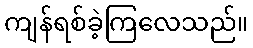
ကျန်ရစ်ခဲ့ကြလေသည်။